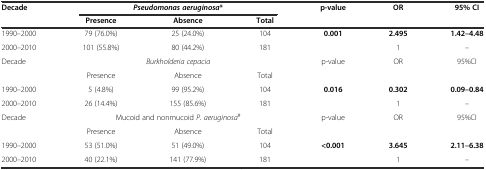
<table><thead><tr><td rowspan="2"><b>Decade</b></td><td colspan="3"><b><i>Pseudomonas aeruginosa</i>*</b></td><td rowspan="2"><b>p-value</b></td><td rowspan="2"><b>OR</b></td><td rowspan="2"><b>95% CI</b></td></tr><tr><td><b>Presence</b></td><td><b>Absence</b></td><td><b>Total</b></td></tr></thead><tbody><tr><td>1990–2000</td><td>79 (76.0%)</td><td>25 (24.0%)</td><td>104</td><td rowspan="2"><b>0.001</b></td><td><b>2.495</b></td><td><b>1.42–4.48</b></td></tr><tr><td>2000–2010</td><td>101 (55.8%)</td><td>80 (44.2%)</td><td>181</td><td>1</td><td>–</td></tr><tr><td rowspan="2">Decade</td><td colspan="3"><i>Burkholderia cepacia</i></td><td rowspan="2">p-value</td><td rowspan="2">OR</td><td rowspan="2">95%CI</td></tr><tr><td>Presence</td><td>Absence</td><td>Total</td></tr><tr><td>1990–2000</td><td>5 (4.8%)</td><td>99 (95.2%)</td><td>104</td><td rowspan="2"><b>0.016</b></td><td><b>0.302</b></td><td><b>0.09–0.84</b></td></tr><tr><td>2000–2010</td><td>26 (14.4%)</td><td>155 (85.6%)</td><td>181</td><td>1</td><td>–</td></tr><tr><td rowspan="2">Decade</td><td colspan="3">Mucoid and nonmucoid <i>P. aeruginosa</i><sup>#</sup></td><td rowspan="2">p-value</td><td rowspan="2">OR</td><td rowspan="2">95%CI</td></tr><tr><td>Presence</td><td>Absence</td><td>Total</td></tr><tr><td>1990–2000</td><td>53 (51.0%)</td><td>51 (49.0%)</td><td>104</td><td><b>&lt;0.001</b></td><td><b>3.645</b></td><td><b>2.11–6.38</b></td></tr><tr><td>2000–2010</td><td>40 (22.1%)</td><td>141 (77.9%)</td><td>181</td><td></td><td>1</td><td>–</td></tr></tbody></table>